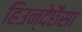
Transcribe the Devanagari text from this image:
हिउन्देछैसा